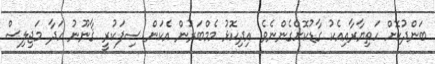
ބަންދުކޮށް ހަތިޔާރާއިއެކު ގާޑުކޮށްގެންނެވެ. އިދިކޮޅު މެމްބަރުން އެކަން ސިފަކުރީ ޤާނޫނު ހަދާ މަޖިލިސް